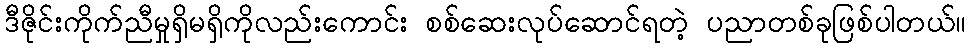
ဒီဇိုင်းကိုက်ညီမှုရှိမရှိကိုလည်းကောင်း စစ်ဆေးလုပ်ဆောင်ရတဲ့ ပညာတစ်ခုဖြစ်ပါတယ်။